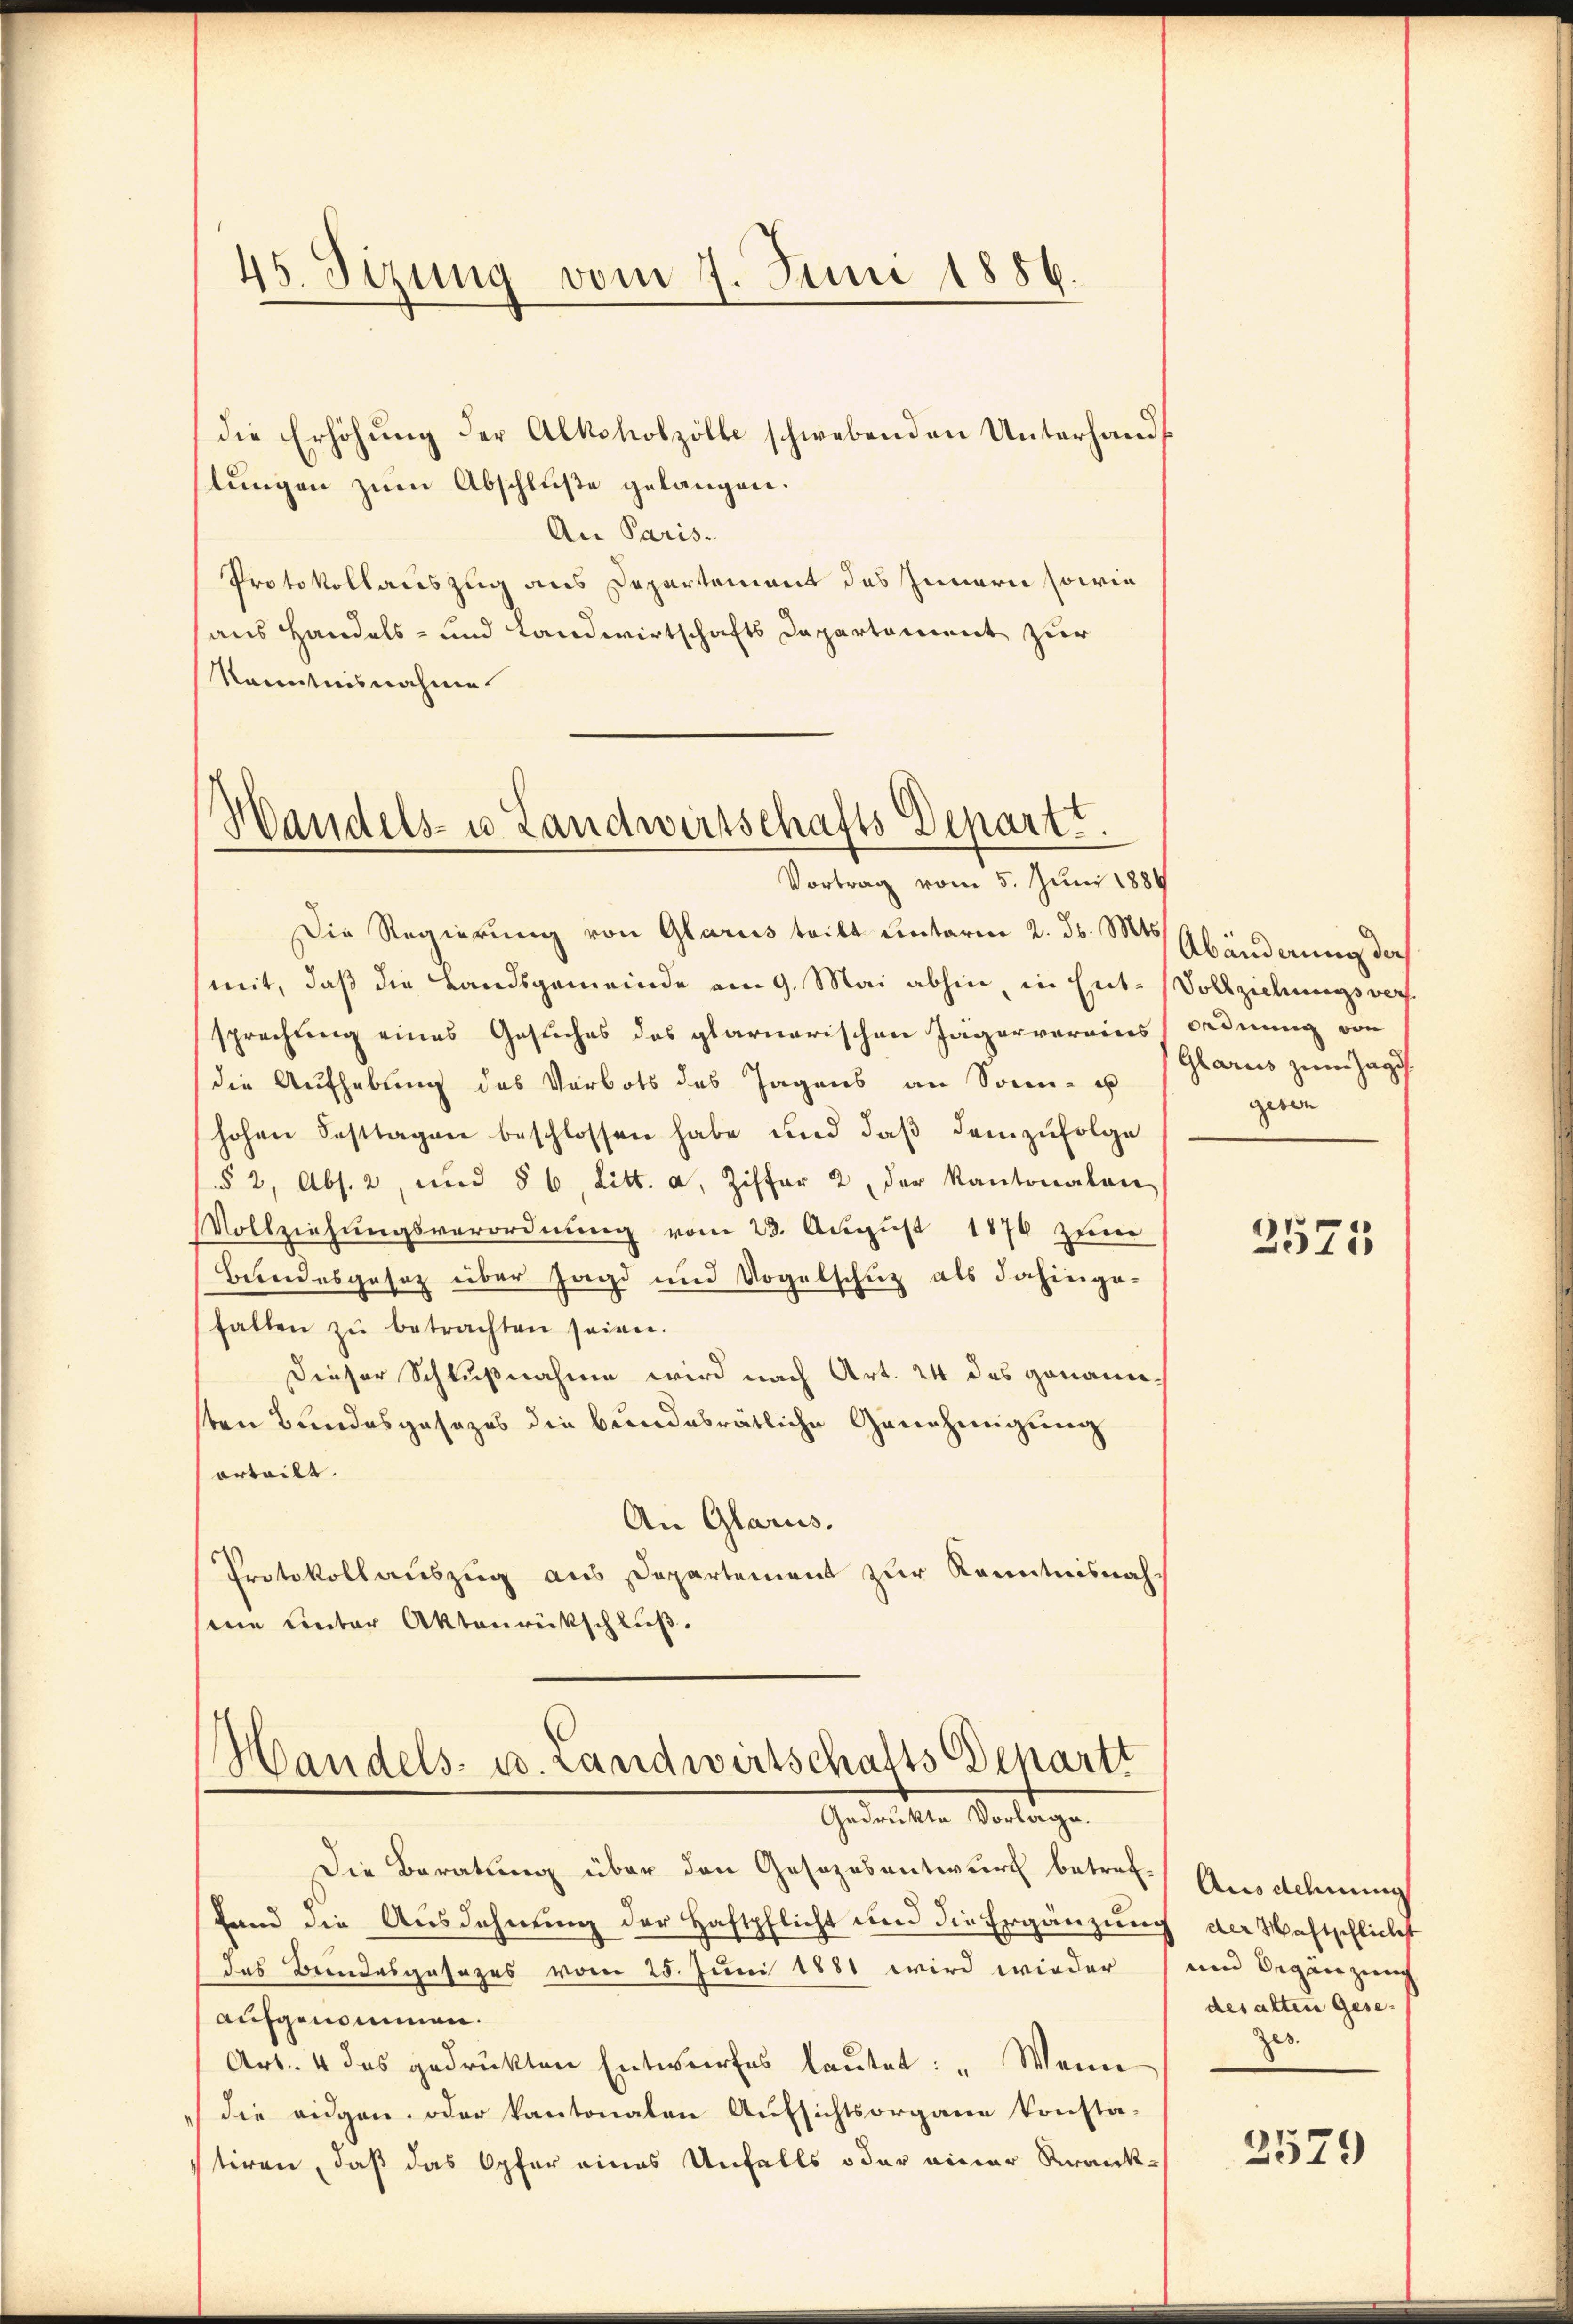
45. Sizung vom 7. Juni 1886.

die Erhöhung der Alkoholzölle schwebenden Unterhands
slungen zum Abschluße gelangen.
An Paris.
Protokollauszug aus Departement des Innern sowie
aus Handels- und Landwirtschafts Departement zur
Kenntnisnahme.

Handels- u. Landwirtschafts Depart.
Vortrag vom 5. Juni 1884

Handels- u. Landwirtschafts Departt
Gedruckte Vorlage.

Die Regierung von Glarus teilt unterm 2. d. Mts. Abänderung der
mit, daß die Landsgemeinde am 9. Mai abhin, in Ent-Vollziehungsversprechung eines Gesuches des plarnerischen Jägervereins Ordnung von
die Aufhebung des Verbots des Jagens an Sonn- u
hohen Festtagen beschlossen habe und daβ demzufolge
§ 2, Abs. 2, und 86, Litt. a, Ziffer 2, der Kantonalen
Vollziehungsverordnung vom 23. August 1876 zum
Beindesgesetz über Jagd und Vogelschutz als dahingefallen zŭ betrachten seinen.
Dieser Schlußnahme wird nach Art. 24 des genannten Bundesgesezes die bundesrätliche Genehmigung
erteilt.
An Glarus.
Protokollauszug aus Departement zur Kenntnisnahme unter Aktenrückschluß.

Die Beratung über den Gesezesentwurf betref-
fand die Ausdehnung der Haftpflicht und die Ergänzung der Wachtschlichest
das Beendesgesezes vom 25. Juni 1881 wird wieder
aufgenommen.
Art. 4 das gedrückten Entwurfes lautet: „Wenn
die eidgen. oder kantonalen Aufsichtsorgane konsta-
stiren, daß das Opfer eines Unfalls oder einer Krank-

(Glarus zum Jagd
gesen

2575

Ausdehnung
und Begänzung
des alten Gesezes.

2579